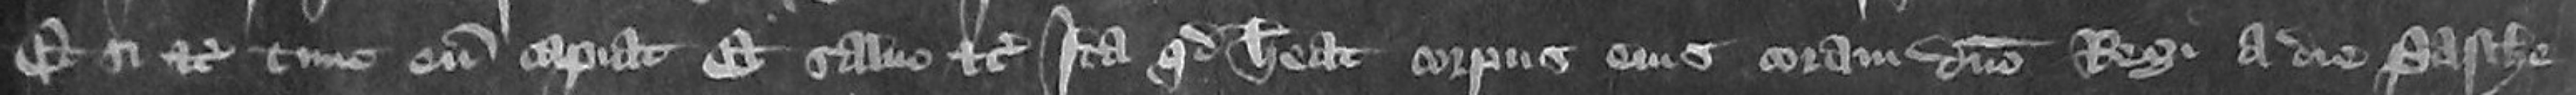
et si etc tunc eum capiat et salvo etc Ita quod habeat corpus eius coram domino Regi a die Pasche